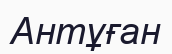
Антұған